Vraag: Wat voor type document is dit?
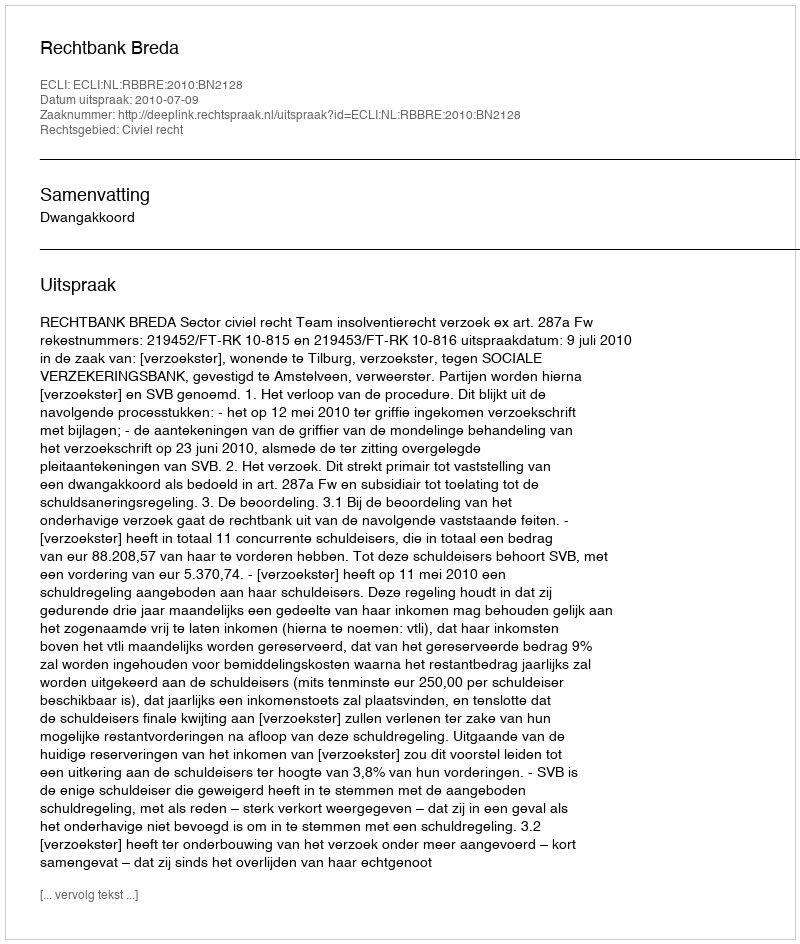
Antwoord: Uitspraak